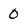
Character: 0